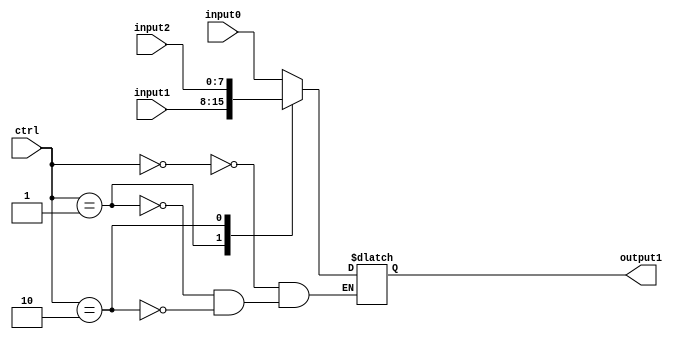
`timescale 1ns / 1ns

module mux3_1(output1, input0, input1, input2, ctrl);

//Input Ports
input wire [1:0] ctrl;		
input wire [7:0] input0;	//input at 0
input wire [7:0] input1;	//input at 1
input wire [7:0] input2;	//input at 2

//Output Ports

output reg [7:0] output1; 	//8 bits of output

//Instructions
always @*
	begin
		case(ctrl)
		2'b00:
			output1 = input0;
		2'b01:
			output1 = input1;
		2'b10:
			output1 = input2;
		endcase
	end
endmodule